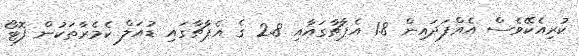
ކުރިއެކޭވެސް އެއްފަދައިން 1.8 އެޕާޗާގައާއި 2.8 ގެ އެޕާޗާގައި ޑުއަލް ކެމެރާތަކުން ފޮޓޯ